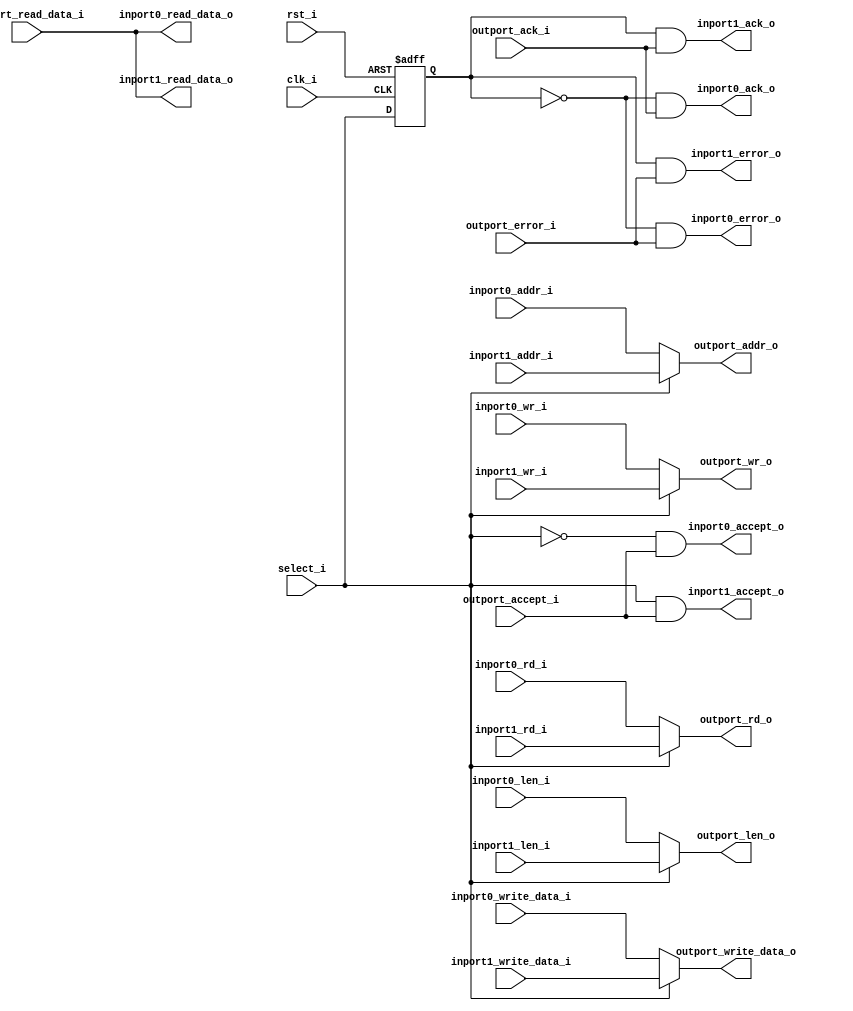
//-----------------------------------------------------------------
//                         biRISC-V CPU
//                            V0.6.0
//                     Ultra-Embedded.com
//                     Copyright 2019-2020
//
//                   admin@ultra-embedded.com
//
//                     License: Apache 2.0
//-----------------------------------------------------------------
// Copyright 2020 Ultra-Embedded.com
// 
// Licensed under the Apache License, Version 2.0 (the "License");
// you may not use this file except in compliance with the License.
// You may obtain a copy of the License at
// 
//     http://www.apache.org/licenses/LICENSE-2.0
// 
// Unless required by applicable law or agreed to in writing, software
// distributed under the License is distributed on an "AS IS" BASIS,
// WITHOUT WARRANTIES OR CONDITIONS OF ANY KIND, either express or implied.
// See the License for the specific language governing permissions and
// limitations under the License.
//-----------------------------------------------------------------

module dcache_pmem_mux
(
    // Inputs
     input           clk_i
    ,input           rst_i
    ,input           outport_accept_i
    ,input           outport_ack_i
    ,input           outport_error_i
    ,input  [ 31:0]  outport_read_data_i
    ,input           select_i
    ,input  [  3:0]  inport0_wr_i
    ,input           inport0_rd_i
    ,input  [  7:0]  inport0_len_i
    ,input  [ 31:0]  inport0_addr_i
    ,input  [ 31:0]  inport0_write_data_i
    ,input  [  3:0]  inport1_wr_i
    ,input           inport1_rd_i
    ,input  [  7:0]  inport1_len_i
    ,input  [ 31:0]  inport1_addr_i
    ,input  [ 31:0]  inport1_write_data_i

    // Outputs
    ,output [  3:0]  outport_wr_o
    ,output          outport_rd_o
    ,output [  7:0]  outport_len_o
    ,output [ 31:0]  outport_addr_o
    ,output [ 31:0]  outport_write_data_o
    ,output          inport0_accept_o
    ,output          inport0_ack_o
    ,output          inport0_error_o
    ,output [ 31:0]  inport0_read_data_o
    ,output          inport1_accept_o
    ,output          inport1_ack_o
    ,output          inport1_error_o
    ,output [ 31:0]  inport1_read_data_o
);




//-----------------------------------------------------------------
// Output Mux
//-----------------------------------------------------------------
reg [  3:0]  outport_wr_r;
reg          outport_rd_r;
reg [  7:0]  outport_len_r;
reg [ 31:0]  outport_addr_r;
reg [ 31:0]  outport_write_data_r;
reg          select_q;

always @ *
begin
    case (select_i)
    1'd1:
    begin
        outport_wr_r          = inport1_wr_i;
        outport_rd_r          = inport1_rd_i;
        outport_len_r         = inport1_len_i;
        outport_addr_r        = inport1_addr_i;
        outport_write_data_r  = inport1_write_data_i;
    end
    default:
    begin
        outport_wr_r          = inport0_wr_i;
        outport_rd_r          = inport0_rd_i;
        outport_len_r         = inport0_len_i;
        outport_addr_r        = inport0_addr_i;
        outport_write_data_r  = inport0_write_data_i;
    end
    endcase
end

assign outport_wr_o         = outport_wr_r;
assign outport_rd_o         = outport_rd_r;
assign outport_len_o        = outport_len_r;
assign outport_addr_o       = outport_addr_r;
assign outport_write_data_o = outport_write_data_r;

// Delayed version of selector to match phase of response signals
always @ (posedge clk_i or posedge rst_i)
if (rst_i)
    select_q <= 1'b0;
else
    select_q <= select_i;

assign inport0_ack_o       = (select_q == 1'd0) && outport_ack_i;
assign inport0_error_o     = (select_q == 1'd0) && outport_error_i;
assign inport0_read_data_o = outport_read_data_i;
assign inport0_accept_o    = (select_i == 1'd0) && outport_accept_i;
assign inport1_ack_o       = (select_q == 1'd1) && outport_ack_i;
assign inport1_error_o     = (select_q == 1'd1) && outport_error_i;
assign inport1_read_data_o = outport_read_data_i;
assign inport1_accept_o    = (select_i == 1'd1) && outport_accept_i;


endmodule